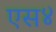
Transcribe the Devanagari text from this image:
एस४